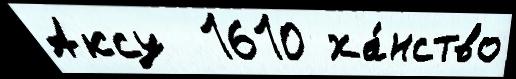
Аксу  1610 ха́нство